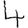
Digit: 4